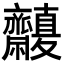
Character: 𪗒